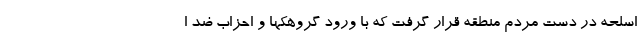
اسلحه در دست مردم منطقه قرار گرفت که با ورود گروهکها و احزاب ضد ا